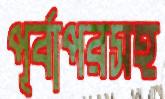
পূর্বাপরসহ